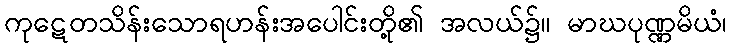
ကုဋေတသိန်းသောရဟန်းအပေါင်းတို့၏ အလယ်၌။ မာဃပုဏ္ဏမိယံ၊